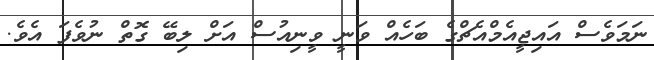
ނަމަވެސް އައިޖީއެމްއެޗްގެ ބަހެއް ވަނީ ވީނިއުސް އަށް ލިބޭ ގޮތް ނުވެފަ އެވެ.